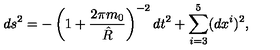
d s ^ { 2 } = - \left( 1 + { \frac { 2 \pi m _ { 0 } } { \hat { R } } } \right) ^ { - 2 } d t ^ { 2 } + \sum _ { i = 3 } ^ { 5 } ( d x ^ { i } ) ^ { 2 } ,